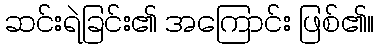
ဆင်းရဲခြင်း၏ အကြောင်း ဖြစ်၏။